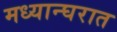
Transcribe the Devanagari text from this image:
मध्यान्घरात